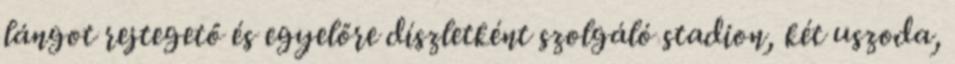
lángot rejtegető és egyelőre díszletként szolgáló stadion, két uszoda,